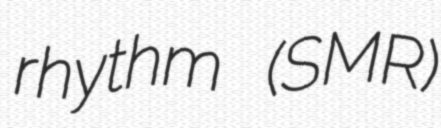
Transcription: rhythm (SMR)